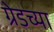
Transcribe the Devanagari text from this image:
ग्रेडच्या